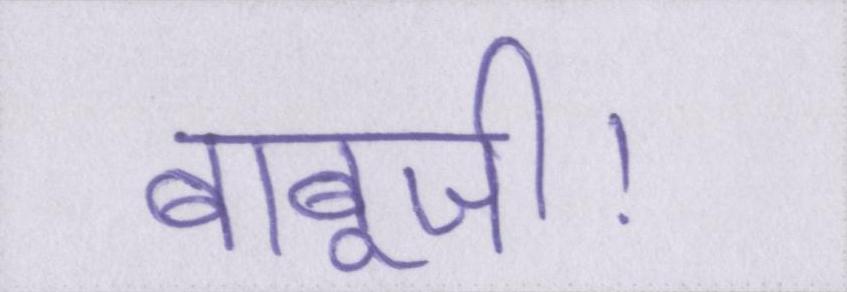
बाबूजी।